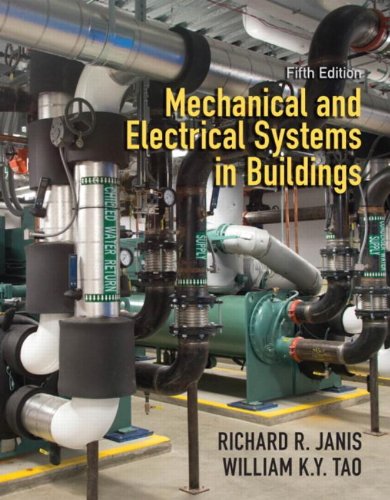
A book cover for Mechanical and Electrical Systems in Buildings (5th Edition); Richard R. Janis; Engineering & Transportation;